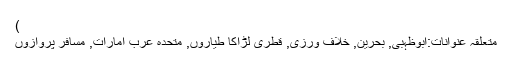
)
متعلقہ عنوانات‬:ابوظہبی, بحرین, خلاف ورزی, قطری لڑاکا طیاروں, متحدہ عرب امارات, مسافر پروازوں